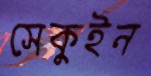
সেকুইন